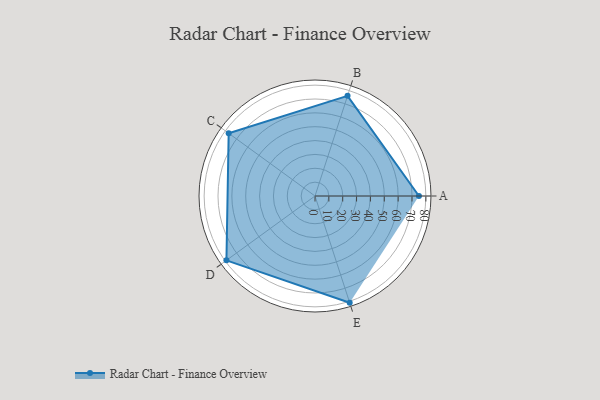
{"axis": {"x": "Skill", "y": "Score"}, "legend": ["Profile"], "data": [{"x": "A", "y": 75.0, "type": "Profile"}, {"x": "B", "y": 76.0, "type": "Profile"}, {"x": "C", "y": 77.0, "type": "Profile"}, {"x": "D", "y": 79.0, "type": "Profile"}, {"x": "E", "y": 81.0, "type": "Profile"}]}